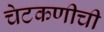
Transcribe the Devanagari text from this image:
चेटकणीची